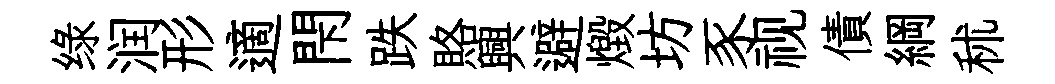
绿润形適閇跌賂興避燬坊豕视債綱秫